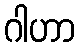
ဂါဟာ